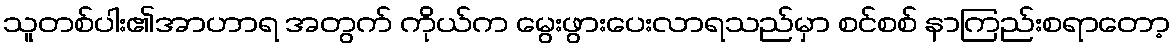
သူတစ်ပါး၏အာဟာရ အတွက် ကိုယ်က မွေးဖွားပေးလာရသည်မှာ စင်စစ် နာကြည်းစရာတော့